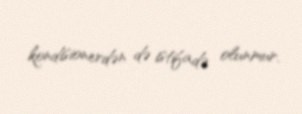
kondisionerdən də istifadə olunmur.